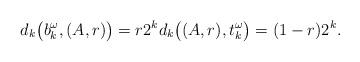
LaTeX: \begin{align*} d_k\big(b_k^\omega, (A,r)\big)=r2^{k}d_k\big((A,r),t_k^\omega\big)=(1-r)2^{k}.\end{align*}